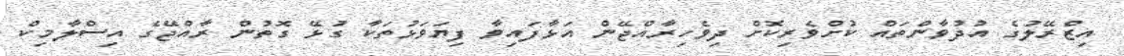
އިޒްރޭލުގެ އުދުވާންތައް ކުށްވެރިކޮށް ދިވެހިރާއްޖޭން އަޅާފައިވާ ފިޔަވަޅުތަކާ ގުޅޭ ގޮތުން ރާއްޖޭގެ އިސްލާމިކް